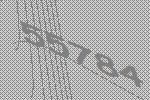
55784